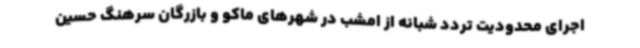
اجرای محدودیت تردد شبانه از امشب در شهرهای ماکو و بازرگان سرهنگ حسین